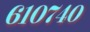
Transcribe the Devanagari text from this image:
६१०७४०